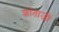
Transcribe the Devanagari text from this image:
शांताजी